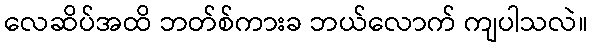
လေဆိပ်အထိ ဘတ်စ်ကားခ ဘယ်လောက် ကျပါသလဲ။